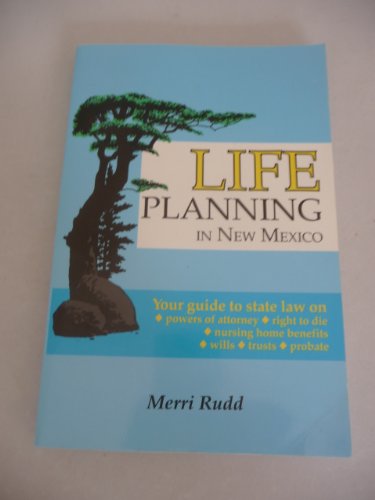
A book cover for Life Planning in New Mexico; Merri Rudd; Law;